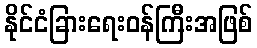
နိုင်ငံခြားရေးဝန်ကြီးအဖြစ်